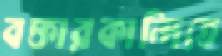
বক্তারকান্দিতে